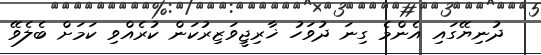
ދުނިޔޭގައި އެންމެ ގިނަ ދުވަހު ޚާރިޖީވަޒިރުކަން ކުރެއްވި ކަމަށް ބެލެވޭ